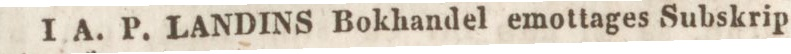
I A. P. LANDINS Bokhandel emottages Subskrip-